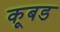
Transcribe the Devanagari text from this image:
कूबड